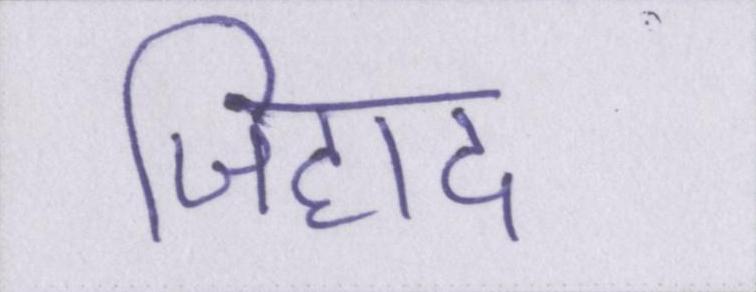
जिहाद